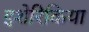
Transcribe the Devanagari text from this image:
इशेरिकिया